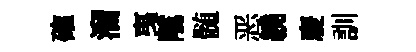
確溜𢎯隲髄恶繞慶訓